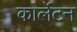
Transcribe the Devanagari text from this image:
कार्लेटन